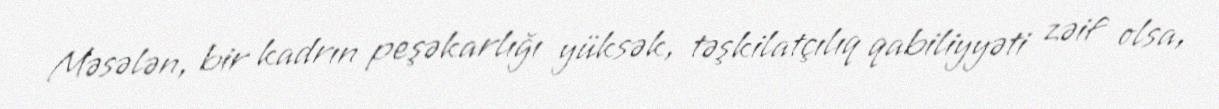
Məsələn, bir kadrın peşəkarlığı yüksək, təşkilatçılıq qabiliyyəti zəif olsa,